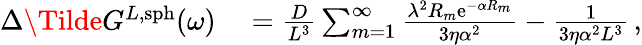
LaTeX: \begin{array}{rl}{\Delta\Tilde{G}^{L,\mathrm{sph}}(\omega)}&{{}=\frac{D}{L^{3}}\sum_{m=1}^{\infty}\frac{\lambda^{2}R_{m}\mathrm{e}^{-\alpha R_{m}}}{3\eta\alpha^{2}}-\frac{1}{3\eta\alpha^{2}L^{3}}\, ,}\end{array}